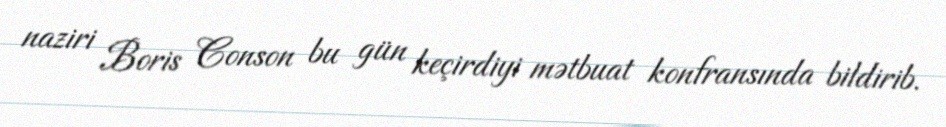
naziri Boris Conson bu gün keçirdiyi mətbuat konfransında bildirib.